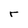
Character: r